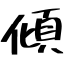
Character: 傾